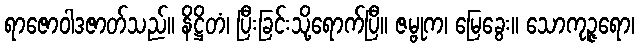
ရာဇောဝါဒဇာတ်သည်။ နိဋ္ဌိတံ၊ ပြီးခြင်းသို့ရောက်ပြီ။ ဇမ္ဗုက၊ မြေခွေး။ သောကုဉ္ဇရော၊